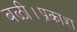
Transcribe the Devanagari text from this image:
बळी।प्रकाश